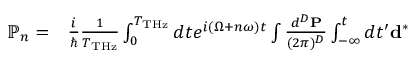
\begin{array} { r l } { \mathbb { P } _ { n } = } & { { } \frac { i } { \hbar } \frac { 1 } { T _ { \mathrm { T H z } } } \int _ { 0 } ^ { T _ { \mathrm { T H z } } } d t e ^ { i ( \Omega + n \omega ) t } \int \frac { d ^ { D } { \bf P } } { ( 2 \pi ) ^ { D } } \int _ { - \infty } ^ { t } d t ^ { \prime } { \bf d } ^ { * } } \end{array}